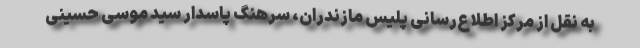
به نقل از مرکز اطلاع‌رسانی پلیس مازندران، سرهنگ پاسدار سید موسی حسینی